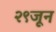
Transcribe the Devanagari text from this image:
२९जून